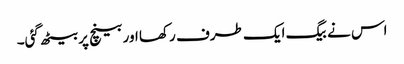
اس نے بیگ ایک طرف رکھا اور بینچ پر بیٹھ گئی۔